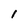
Character: 1